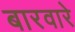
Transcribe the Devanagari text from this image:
बारवारे